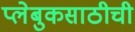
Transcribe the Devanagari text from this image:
प्लेबुकसाठीची